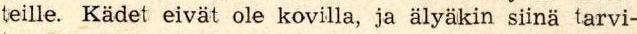
teille. Kädet eivät ole kovilla, ja älyäkin siinä tarvi-